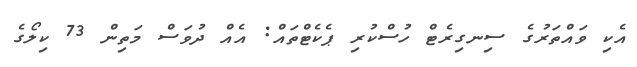
އެކި ވައްތަރުގެ ސިނގިރެޓް ހުސްކުރި ޕެކެޓްތައް: އެއް ދުވަސް މަތިން 73 ކިލޯގެ